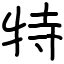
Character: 特